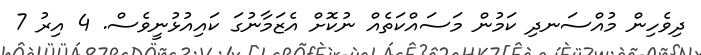
ދިވެހިން މުއްސަނދި ކަމުން މަސައްކަތެއް ނުކޮށް އެޒަމާނުގަ ކައިއުޅުނީވެސް. 4 އިރު 7